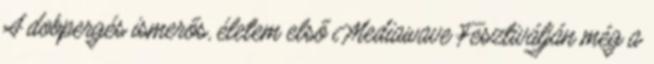
A dobpergés ismerős, életem első Mediawave Fesztiválján még a